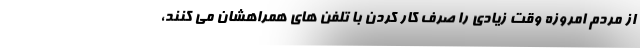
از مردم امروزه وقت زیادی را صرف کار کردن با تلفن های همراهشان می کنند،